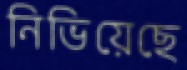
নিভিয়েছে